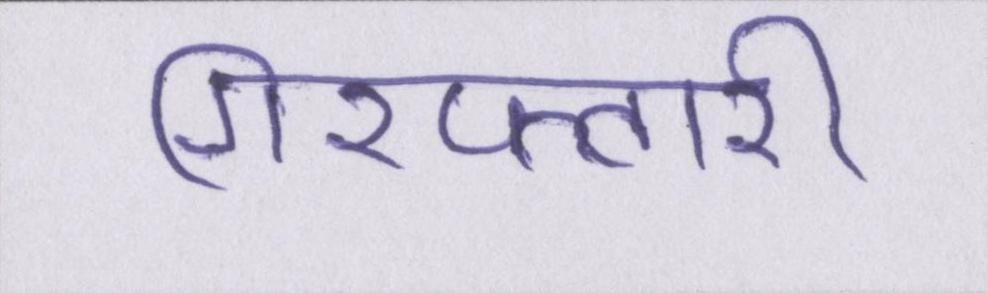
गिरफ्तारी